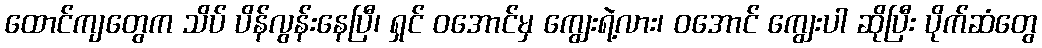
ထောင်ကျတွေက သိပ် ပိန်လွန်းနေပြီ၊ ရှင် ဝအောင်မှ ကျွေးရဲ့လား၊ ဝအောင် ကျွေးပါ ဆိုပြီး ပိုက်ဆံတွေ